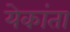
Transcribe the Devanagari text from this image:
येकांता